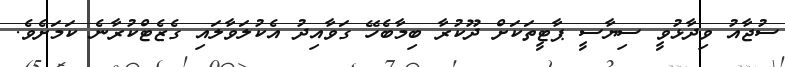
ސުޖާއު ވިދާޅުވީ ސިޔާސީ ޕާޓީތަކަށް ދޫކުރާ ބިމާބެހޭ ގަވާއިދު އެކުލަވާލައި ގެޒެޓްކުރާނެ ކަމަށެވެ.